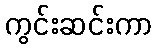
ကွင်းဆင်းကာ